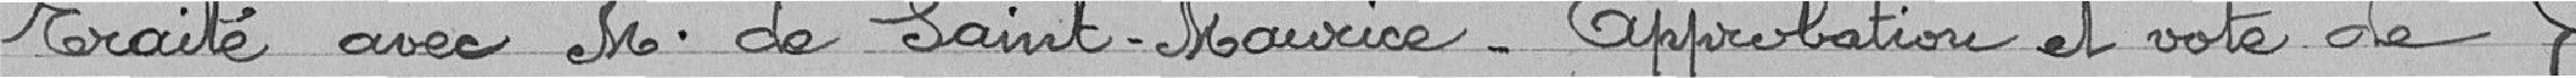
Traité avec M. de Saint Maurice - Approbation et vote de